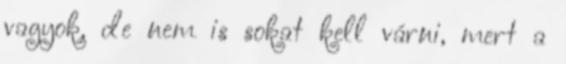
vagyok, de nem is sokat kell várni, mert a